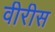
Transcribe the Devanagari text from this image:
वीरीस